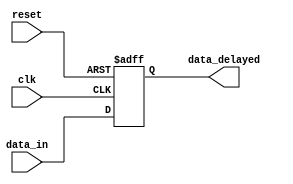
module DFF(clk, reset, data_in, data_delayed);
parameter N = 16;
input clk, reset;
input [N-1:0] data_in;
output reg [N-1:0] data_delayed; 

always@(posedge clk, posedge reset)
begin
    if (reset)
    data_delayed <= 0;
    else
    data_delayed <= data_in; 
    
end

endmodule